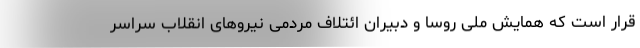
قرار است که همایش ملی روسا و دبیران ائتلاف مردمی نیروهای انقلاب سراسر